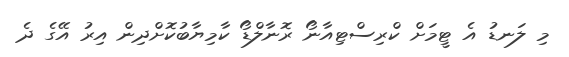
މި ލަނޑު އެ ޓީމަށް ކްރިސްޓިއާނޯ ރޮނާލްޑޯ ކާމިޔާބުކޮށްދިން އިރު އޭގެ ދެ